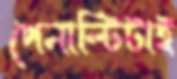
পেনাল্টিটাই